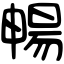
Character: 暢